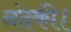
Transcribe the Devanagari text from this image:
नंदकी।